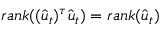
r a n k ( ( \hat { \boldsymbol { u } } _ { t } ) ^ { \tau } \hat { \boldsymbol { u } } _ { t } ) = r a n k ( \hat { \boldsymbol { u } } _ { t } )